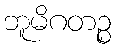
ဘူမိဂတဉ္စ